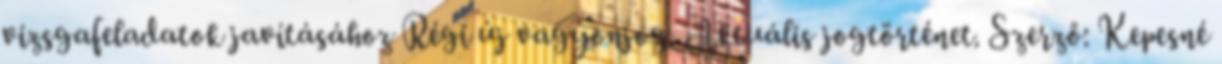
vizsgafeladatok javításához Régi új vagyonjog. Aktuális jogtörténet. Szerző: Kepesné